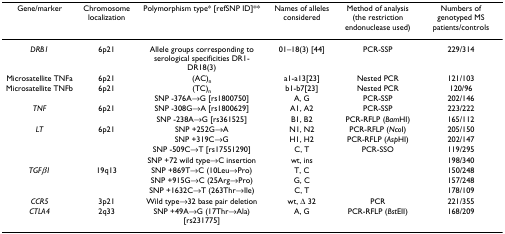
<table><thead><tr><td><b>Gene/marker</b></td><td><b>Chromosome localization</b></td><td><b>Polymorphism type* [refSNP ID]**</b></td><td><b>Names of alleles considered</b></td><td><b>Method of analysis (the restriction endonuclease used)</b></td><td><b>Numbers of genotyped MS patients/controls</b></td></tr></thead><tbody><tr><td><i>DRB1</i></td><td>6p21</td><td>Allele groups corresponding to serological specificities DR1-DR18(3)</td><td>01–18(3) [44]</td><td>PCR-SSP</td><td>229/314</td></tr><tr><td>Microsatellite TNFa</td><td>6p21</td><td>(AC)<sub>n</sub></td><td>a1-a13[23]</td><td>Nested PCR</td><td>121/103</td></tr><tr><td>Microsatellite TNFb</td><td>6p21</td><td>(TC)<sub>n</sub></td><td>b1-b7[23]</td><td>Nested PCR</td><td>120/96</td></tr><tr><td></td><td></td><td>SNP -376A→G [rs1800750]</td><td>A, G</td><td>PCR-SSP</td><td>202/146</td></tr><tr><td><i>TNF</i></td><td>6p21</td><td>SNP -308G→A [rs1800629]</td><td>A1, A2</td><td>PCR-SSP</td><td>223/222</td></tr><tr><td></td><td></td><td>SNP -238A→G [rs361525]</td><td>B1, B2</td><td>PCR-RFLP (<i>Bam</i>HI)</td><td>165/112</td></tr><tr><td><i>LT</i></td><td>6p21</td><td>SNP +252G→A</td><td>N1, N2</td><td>PCR-RFLP (<i>Nco</i>I)</td><td>205/150</td></tr><tr><td></td><td></td><td>SNP +319C→G</td><td>H1, H2</td><td>PCR-RFLP (<i>Asp</i>HI)</td><td>202/147</td></tr><tr><td></td><td></td><td>SNP -509C→T [rs17551290]</td><td>C, T</td><td>PCR-SSO</td><td>119/295</td></tr><tr><td></td><td></td><td>SNP +72 wild type→C insertion</td><td>wt, ins</td><td></td><td>198/340</td></tr><tr><td><i>TGFβ1</i></td><td>19q13</td><td>SNP +869T→C (10Leu→Pro)</td><td>T, C</td><td></td><td>150/248</td></tr><tr><td></td><td></td><td>SNP +915G→C (25Arg→Pro)</td><td>G, C</td><td></td><td>157/248</td></tr><tr><td></td><td></td><td>SNP +1632C→T (263Thr→Ile)</td><td>C, T</td><td></td><td>178/109</td></tr><tr><td><i>CCR5</i></td><td>3p21</td><td>Wild type→32 base pair deletion</td><td>wt, Δ 32</td><td>PCR</td><td>221/355</td></tr><tr><td><i>CTLA4</i></td><td>2q33</td><td>SNP +49A→G (17Thr→Ala) [rs231775]</td><td>A, G</td><td>PCR-RFLP (<i>Bst</i>EII)</td><td>168/209</td></tr></tbody></table>